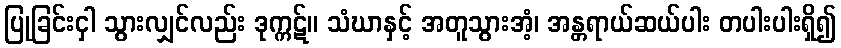
ပြုခြင်းငှါ သွားလျှင်လည်း ဒုက္ကဋ်။ သံဃာနှင့် အတူသွားအံ့၊ အန္တရာယ်ဆယ်ပါး တပါးပါးရှိ၍